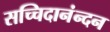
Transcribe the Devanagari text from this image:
सच्चिदानंन्दन